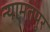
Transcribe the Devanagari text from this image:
न्यामतपुर